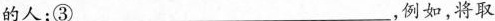
的人；③___，例如，将取